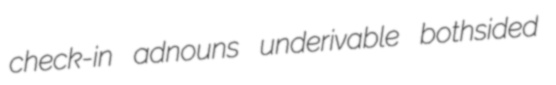
check-in adnouns underivable bothsided